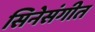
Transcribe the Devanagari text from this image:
सिनेसंगीत